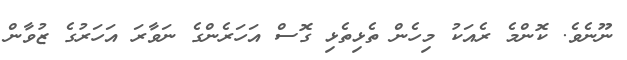
ނޫނެވެ. ކޮންމެ ރެއަކު މިހެން ތެޅިތެޅި ގޮސް އަހަރެންގެ ނަވާރަ އަހަރުގެ ޒުވާން